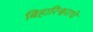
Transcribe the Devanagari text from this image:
बिहारिश्वराचे